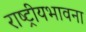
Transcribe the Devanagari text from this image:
राष्ट्रीयभावना